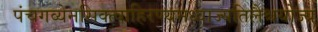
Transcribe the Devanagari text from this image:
पंचगव्येनसिक्त्वाहिरण्यमध्वाज्यतिलैश्चयोज्य